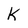
Character: K